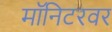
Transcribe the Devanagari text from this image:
मॉनिटरवर